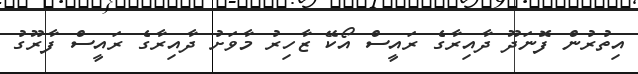
އިތުރުން ފޮނަދޫ ދާއިރާގެ ރައީސް އޯކޭ ޒާހިރު މާވަށު ދާއިރާގެ ރައީސް ފާރޫގު